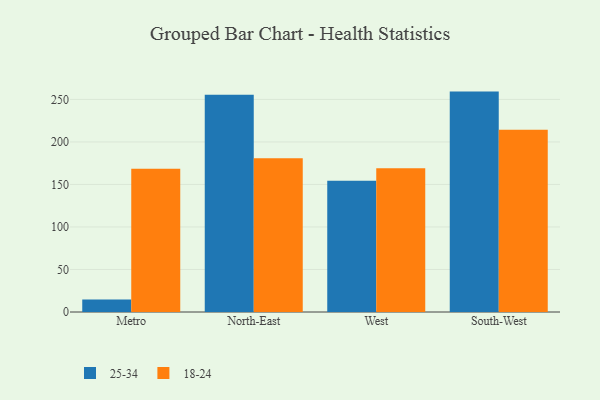
{"axis": {"x": "Region", "y": "Satisfaction Score"}, "legend": ["18-24", "25-34"], "data": [{"x": "Metro", "y": 14.6, "type": "25-34"}, {"x": "Metro", "y": 168.4, "type": "18-24"}, {"x": "North-East", "y": 255.6, "type": "25-34"}, {"x": "North-East", "y": 180.7, "type": "18-24"}, {"x": "West", "y": 154.3, "type": "25-34"}, {"x": "West", "y": 169.1, "type": "18-24"}, {"x": "South-West", "y": 259.2, "type": "25-34"}, {"x": "South-West", "y": 214.3, "type": "18-24"}]}